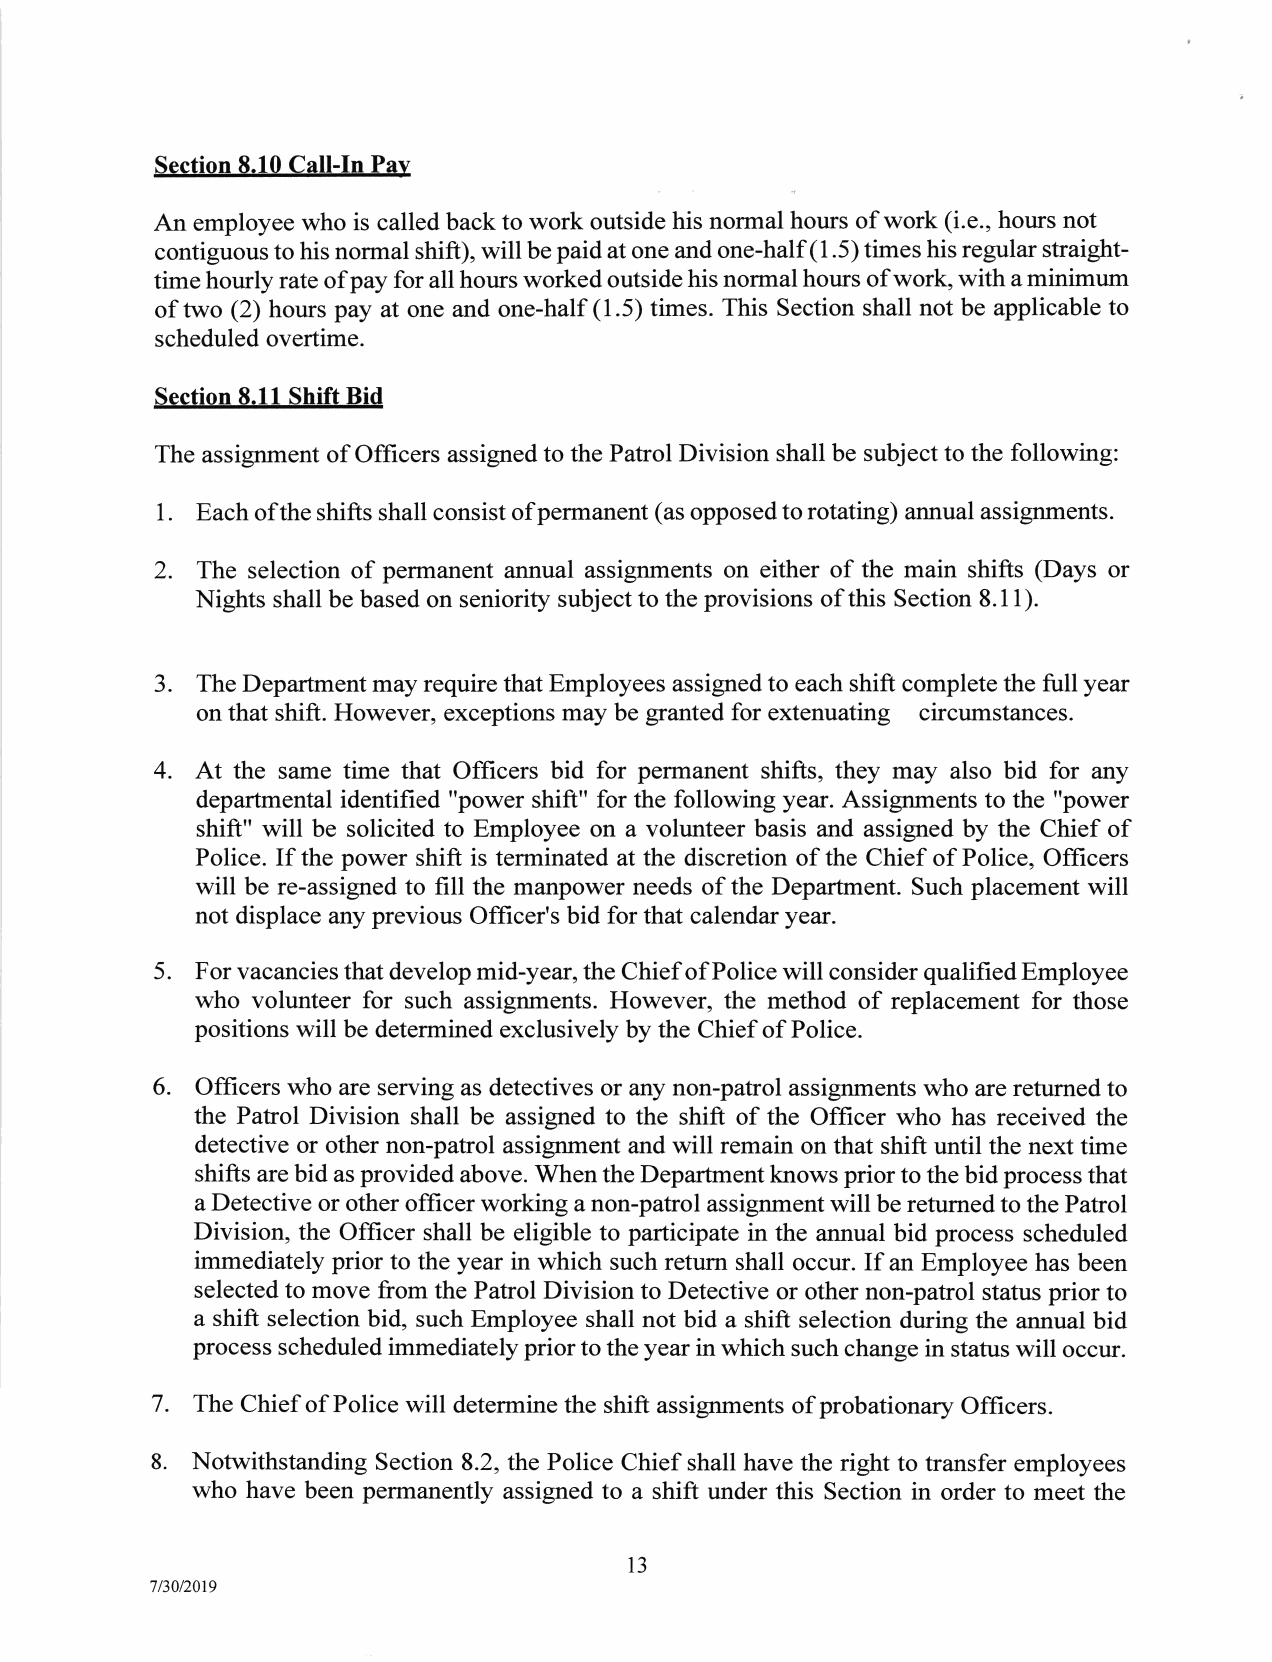
Section 8.10 Call-In Pav
 An employee who is called back to work outside his normal hours of work (i.e., hours not
 contiguous to his normal shift), will be paid at one and one-half (1.5) times his regular straight-
 time hourly rate ofpay for all hours worked outside his normal hours of work, with a minimum
 of two (2) hours pay at one and one-half (1.5) times. This Section shall not be applicable to
 scheduled overtime.
 Section 8.11 Shift Bid
 The assignment of Officers assigned to the Patrol Division shall be subject to the following:
 1.
 Each ofthe shifts shall consist ofpermanent (as opposed to rotating) annual assignments.
 2. The selection of permanent annual assignments on either of the main shifts (Days or
 Nights shall be based on seniority subject to the provisions of this Section 8.11).
 3. The Department may require that Employees assigned to each shift complete the full year
 on that shift. However, exceptions may be granted for extenuating circumstances.
 4. At the same time that Officers bid for permanent shifts, they may also bid for any
 departmental identified "power shift" for the following year. Assignments to the "power
 shift" will be solicited to Employee on a volunteer basis and assigned by the Chief of
 Police. If the power shift is terminated at the discretion of the Chief of Police, Officers
 will be re-assigned to fill the manpower needs of the Department. Such placement will
 not displace any previous Officer's bid for that calendar year.
 5. For vacancies that develop mid-year, the Chief of Police will consider qualified Employee
 who volunteer for such assignments. However, the method of replacement for those
 positions will be determined exclusively by the Chief of Police.
 6. Officers who are serving as detectives or any non-patrol assignments who are returned to
 the Patrol Division shall be assigned to the shift of the Officer who has received the
 detective or other non-patrol assignment and will remain on that shift until the next time
 shifts are bid as provided above. When the Department knows prior to the bid process that
 a Detective or other officer working a non-patrol assignment will be returned to the Patrol
 Division, the Officer shall be eligible to participate in the annual bid process scheduled
 immediately prior to the year in which such return shall occur. If an Employee has been
 selected to move from the Patrol Division to Detective or other non-patrol status prior to
 a shift selection bid, such Employee shall not bid a shift selection during the annual bid
 process scheduled immediately prior to the year in which such change in status will occur.
 7. The Chief of Police will determine the shift assignments of probationary Officers.
 Notwithstanding Section 8.2, the Police Chief shall have the right to transfer employees
 who have been permanently assigned to a shift under this Section in order to meet the
 り
 ，
 7/30/2019